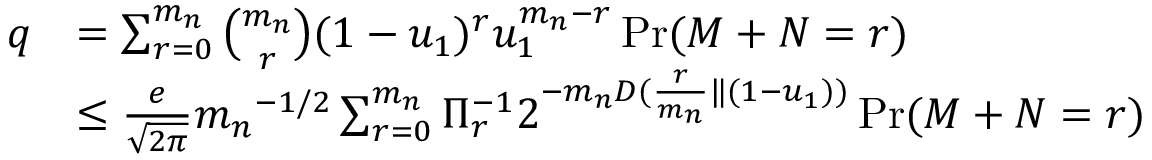
\begin{array} { r l } { q } & { = \sum _ { r = 0 } ^ { m _ { n } } \binom { { m _ { n } } } { r } ( 1 - u _ { 1 } ) ^ { r } u _ { 1 } ^ { { m _ { n } } - r } \operatorname* { P r } ( M + N = r ) } \\ & { \le \frac { e } { \sqrt { 2 \pi } } { m _ { n } } ^ { - 1 / 2 } \sum _ { r = 0 } ^ { m _ { n } } \Pi _ { r } ^ { - 1 } 2 ^ { - { m _ { n } } D ( \frac { r } { { m _ { n } } } \| ( 1 - u _ { 1 } ) ) } \operatorname* { P r } ( M + N = r ) } \end{array}